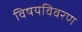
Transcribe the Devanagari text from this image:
विषयविवरण